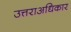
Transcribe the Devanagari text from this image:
उत्तराअधिकार